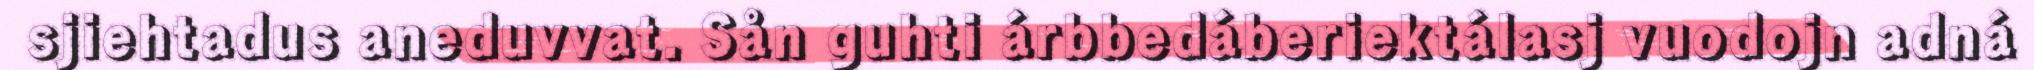
sjiehtadus aneduvvat. Sån guhti árbbedáberiektálasj vuodojn adná